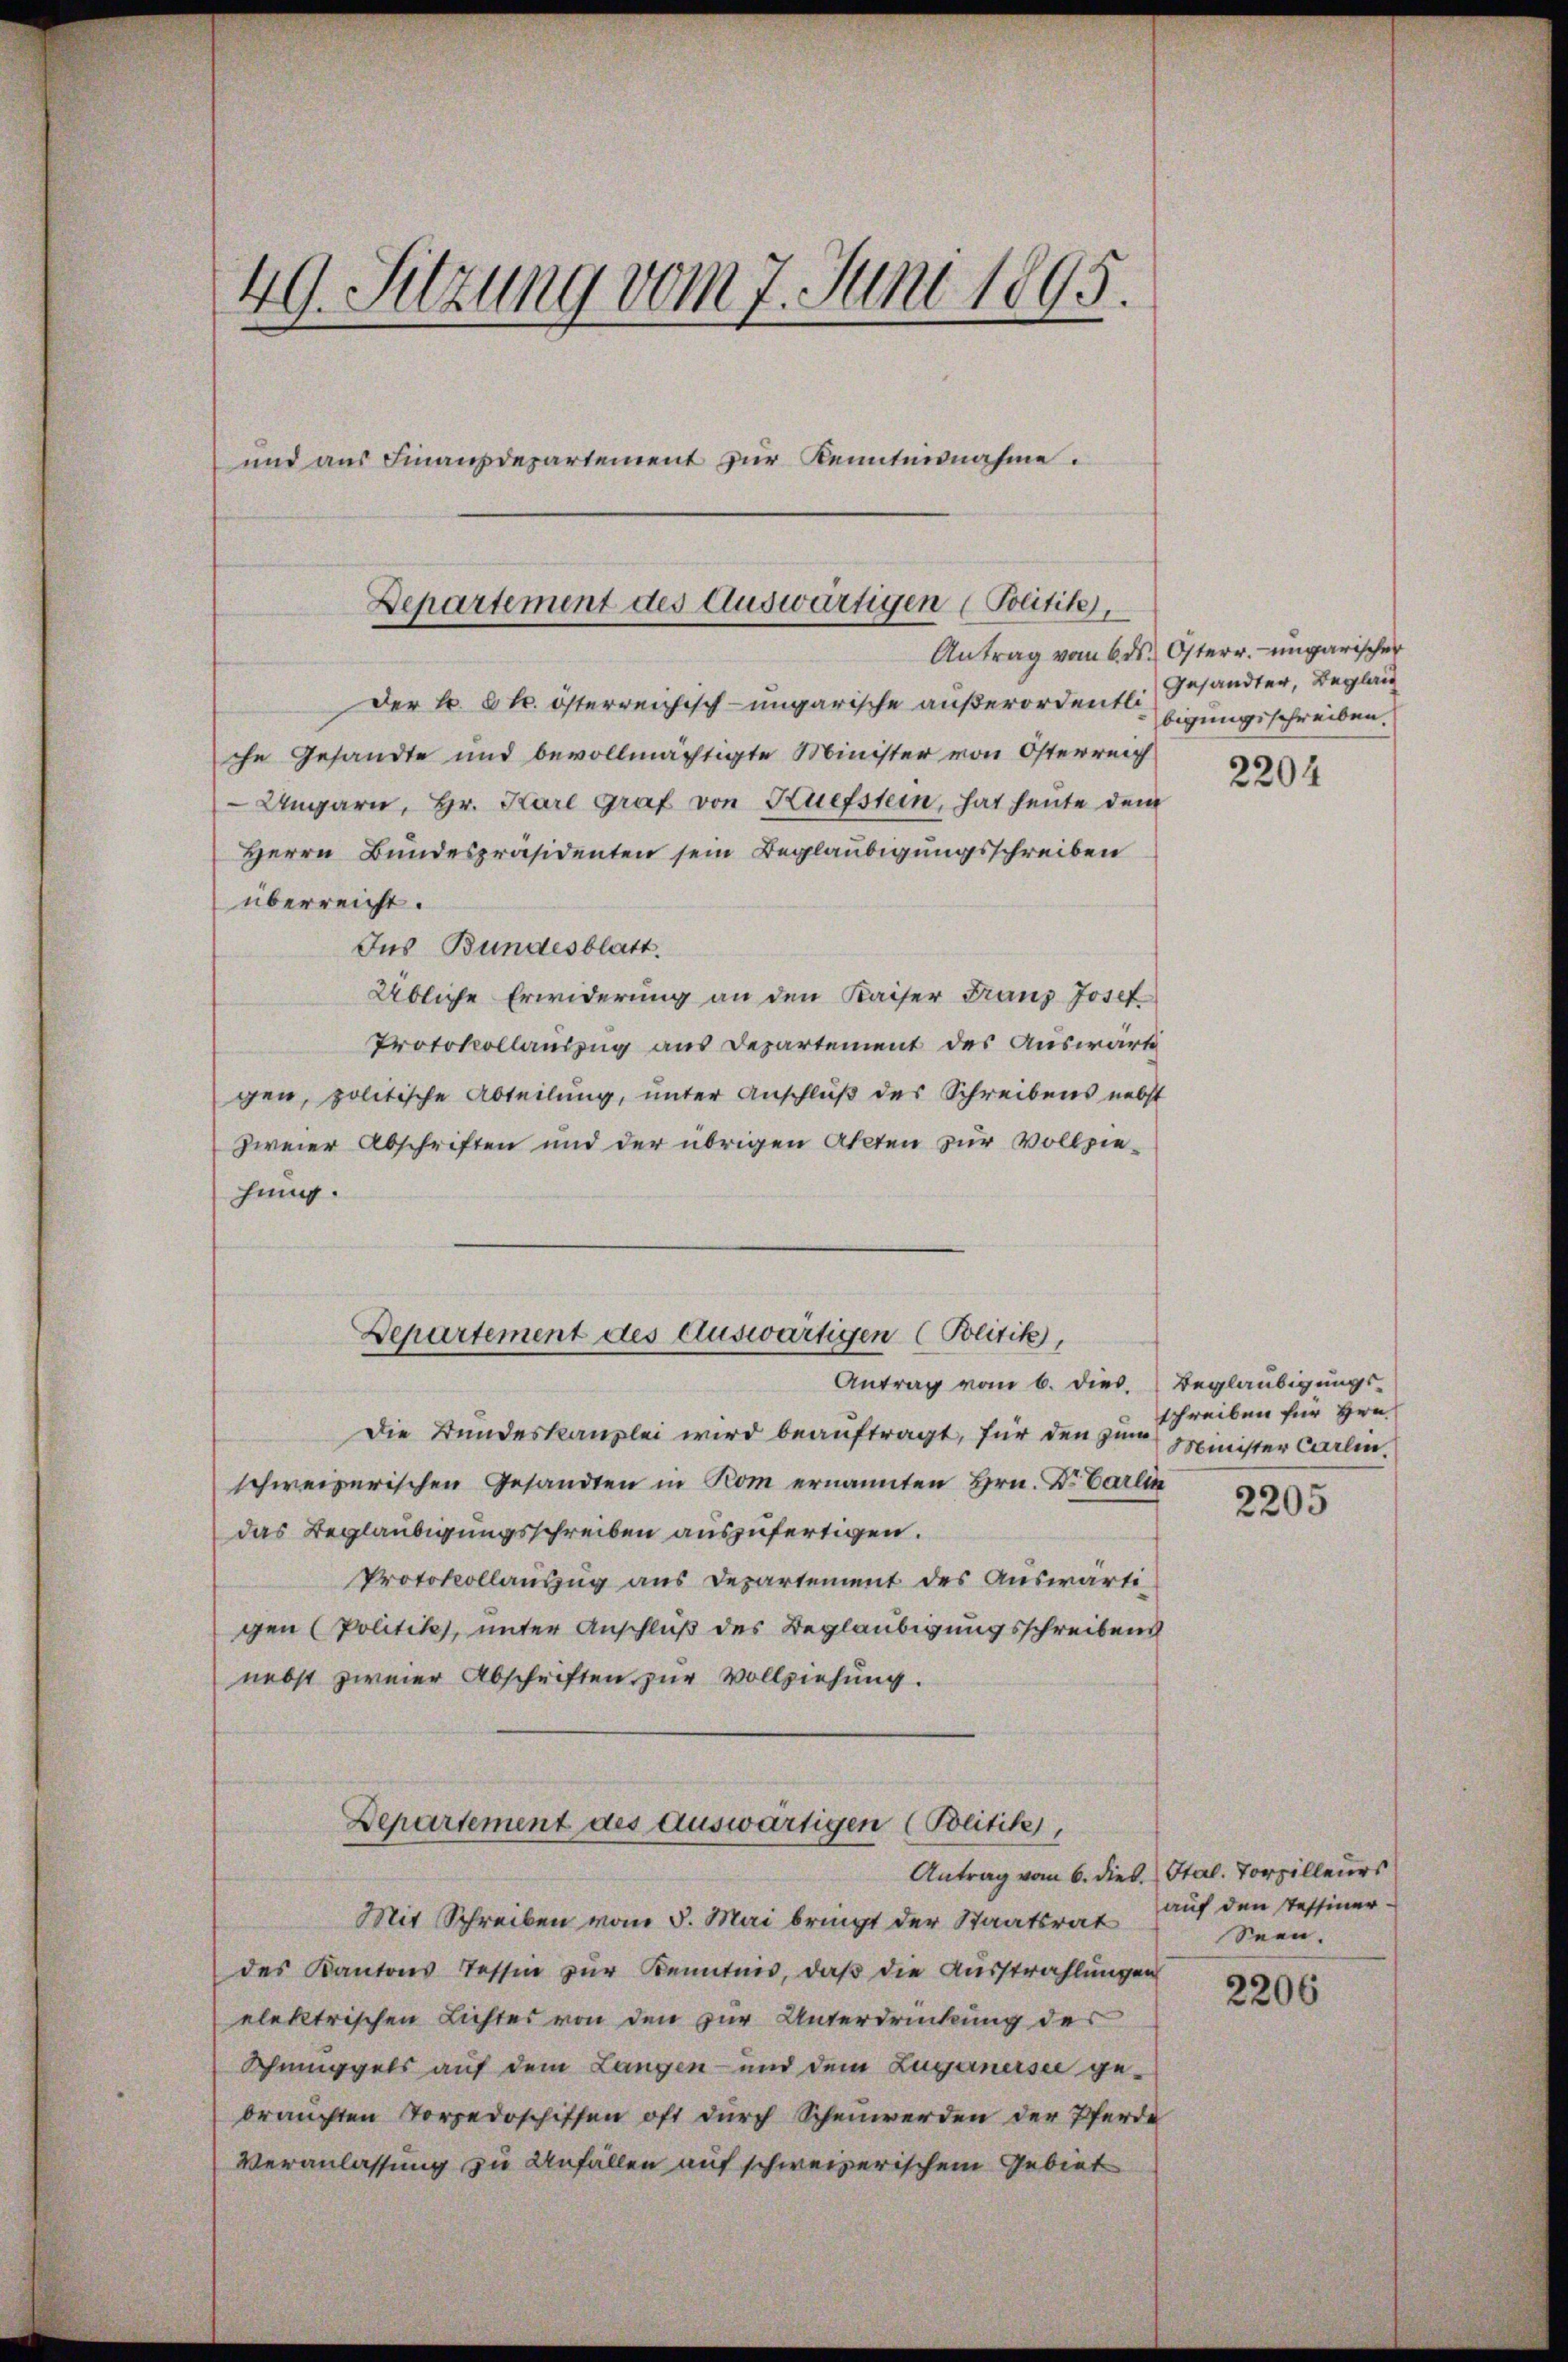
E
49. Sitzung vom 7. Juni 1895.
und aus Finanzdepartement zur Kenntnisnahme.

Der k. k. österreichisch-ungarische außerordentliche Gesandte und bevollmächtigte Minister von Österreich
Ungarn, Hr. Karl Graf von Kuefstein, hat heute dem
Herrn Bundespräsidenten sein Beglaubigungsschreiben
überreicht.
Ins Bundesblatt.
Übliche Erwiderung an den Kaiser Franz Josef
Protokollauszug aus Departement des Auswärt
gen, politische Abteilung, unter Anschluß des Schreibens nebst
zweier Abschriften und der übrigen Akten zur Vollziehung.
Antrag vom 6. dies. Beglaubigungs¬
Die Bundeskanzlei wird beauftragt, für den zum
schweizerischen Gesandten in Kom ernannten Hrn. Dr. Carlin
das Beglaubigungsschreiben auszufertigen.
Protokollauszug aus Departement des Auswärtigen (Politik, unter Anschluß des Beglaubigungsschreiben
nebst zweier Abschriften zur Vollziehung.
Departement des auswärtigen (Bolitik,
Antrag vom 6. dieb. Stal. Torpilleurs
Mit Schreiben vom 5. Mai bringt der Staatsrat aŭf den Tessiner-
des Kantons Tessin zŭr Kenntnis, daß die Ausstrahlungen
elektrischen Lichtes von den zur Unterdrückung der
Schmuggels auf dem Langen und dem Luganersee gebrauchten Vorzedoschiffen oft durch Scheuwerden der Pferde
Veranlassung zu Anfällen auf schweizerischem Gebiet

Departement des Auswärtigen (Politikel,

Departement des auswärtigen (Bolitik,

Antrag vom 6. ds. Osterr.-ungarischer
Gesandter, Beglau
bigungsschreiben.

2204

Schreiben für Hrn.
Minister Carlin.

2205

Seen.

2206